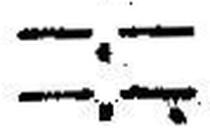
—.—